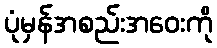
ပုံမှန်အစည်းအဝေးကို